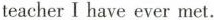
teacher I have ever met.